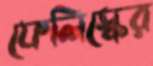
ফেলিস্কের